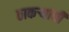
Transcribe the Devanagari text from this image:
ठाकऱ्यांची